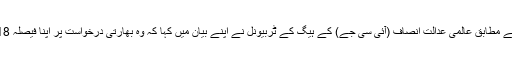
غیر ملکی خبر رساں ایجنسی ’اے ایف پی‘ کے مطابق عالمی عدالت انصاف (آئی سی جے) کے ہیگ کے ٹربیونل نے اپنے بیان میں کہا کہ وہ بھارتی درخواست پر اپنا فیصلہ 18 مئی 2017 بروز جمعرات کو سنائے گی۔